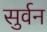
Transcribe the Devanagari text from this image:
सुर्वन